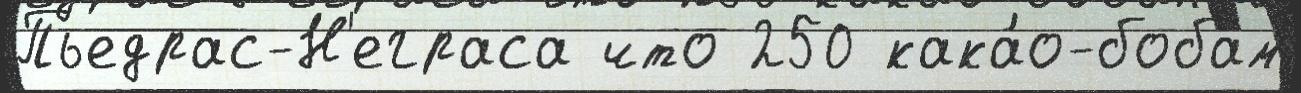
Пьедрас-Н'еграса что 250 кака́о-бобам